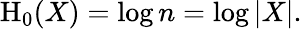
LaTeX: \mathrm{H}_{0}(X)=\log n=\log|X|.